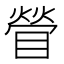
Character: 䁝